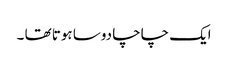
ایک چاچا دوسا ہوتا تھا ۔